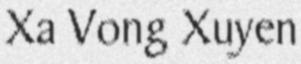
Xa Vong Xuyen